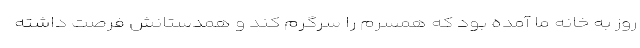
روز به خانه ما آمده بود که همسرم را سرگرم کند و همدستانش فرصت داشته